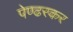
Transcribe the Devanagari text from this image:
पेण्ढरकर